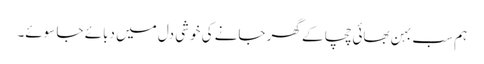
ہم سب بہن بھائی چچا کے گھر جانے کی خوشی دل میں دبائے جا سوئے۔